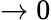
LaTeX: \rightarrow 0